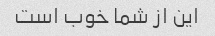
این از شما خوب است